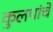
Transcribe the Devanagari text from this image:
कुलपांचे